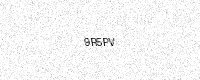
Text: 9R5PV